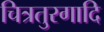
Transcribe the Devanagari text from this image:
चित्रतुरगादि